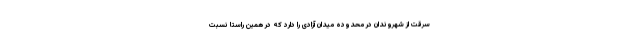
سرقت از شهروندان در محدوده میدان آزادی را دارد که در همین راستا نسبت